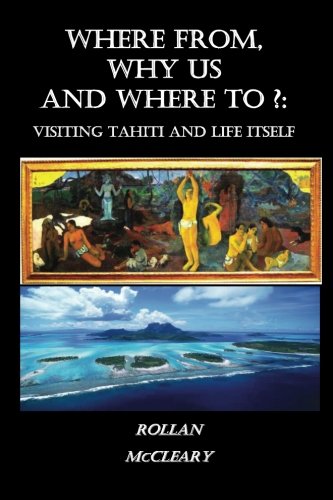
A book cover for Where From, Why Us, Where To?: Visiting Tahiti and  Life Itself; Rollan McCleary; Travel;